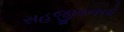
સહજીવનનો